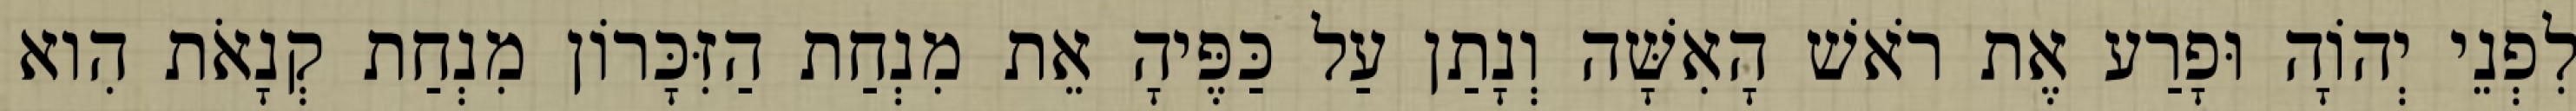
לִפְנֵי יְהוָֹה וּפָרַע אֶת רֹאשׁ הָאִשָּׁה וְנָתַן עַל כַּפֶּיהָ אֵת מִנְחַת הַזִּכָּרוֹן מִנְחַת קְנָאֹת הִוא